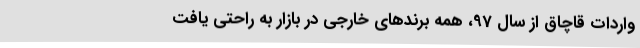
واردات قاچاق از سال 97، همه برندهای خارجی در بازار به راحتی یافت